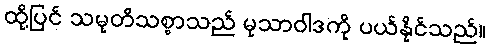
ထို့ပြင် သမုတိသစ္စာသည် မုသာဝါဒကို ပယ်နိုင်သည်။